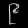
Digit: ၉